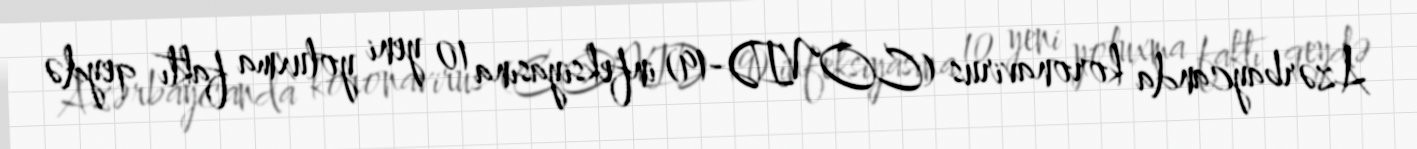
Azərbaycanda koronavirus (COVID-19) infeksiyasına 10 yeni yoluxma faktı qeydə